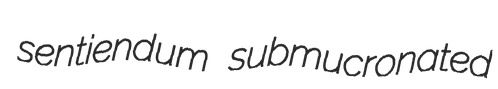
sentiendum submucronated